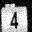
Digit: 4